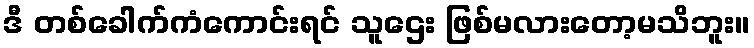
ဒီ တစ်ခေါက်ကံကောင်းရင် သူဌေး ဖြစ်မလားတော့မသိဘူး။